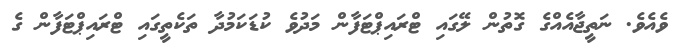
ވެއެވެ. ނަތީޖާއެއްގެ ގޮތުން ލޭގައި ޓްރައިޕްޓަފާން މަދުވެ ކުޑަކަމުދާ ތަކެތީގައި ޓްރައިޕްޓަފާން ގެ